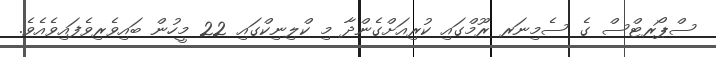
ސްޕޯރޓްސް ގެ ސެމިނަރ ރޫމްގައި ކުރިއަށްގެންދާ މި ކްލިނިކްގައި 22 މީހުން ބައިވެރިވެފައިވެއެވެ.